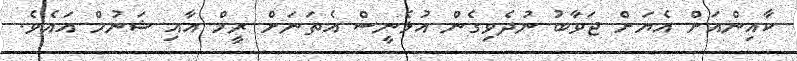
ކާއިންއަށް އެޔަށް ޖަވާބު ނުދެވިގެން އުޅެނީސް އެތަނަށް ރީމް އާއި ޝަނުމް އައެވެ.